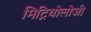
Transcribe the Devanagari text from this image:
मिट्रियोलोजी